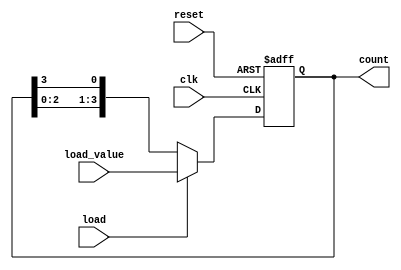
module LoadableRingCounter (
    input wire clk,           // Clock signal
    input wire reset,         // Reset signal
    input wire load,          // Load control signal
    input wire [n-1:0] load_value, // Value to load into the counter
    output reg [n-1:0] count  // Current state of the counter
);
    parameter n = 4; // Number of bits in the counter (4 for a 4-bit counter)

    always @(posedge clk or posedge reset) begin
        if (reset) begin
            // Asynchronous reset to all zeros
            count <= 0;
        end else if (load) begin
            // Load the specified value into the counter
            count <= load_value;
        end else begin
            // Normal counting operation (ring counter behavior)
            // Shift the bits to the right in a ring fashion
            count <= {count[n-2:0], count[n-1]};
        end
    end
endmodule